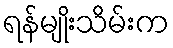
ရန်မျိုးသိမ်းက